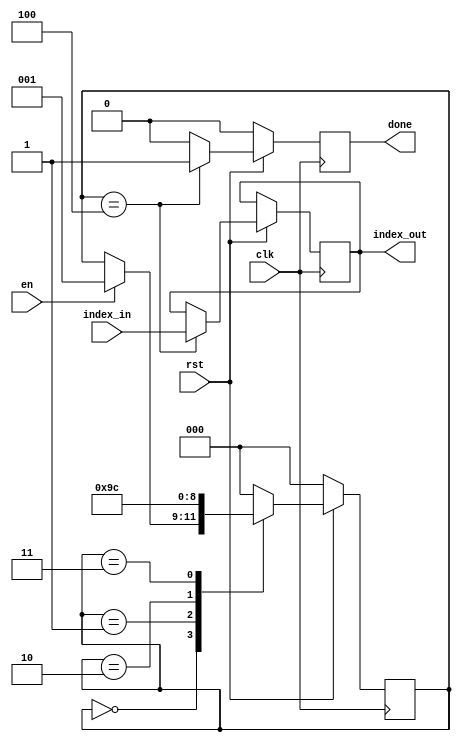
module mod_checker (en, index_in, index_out, done, rst, clk);
	input rst, clk, en;
	input [2:0] index_in;
	output [2:0] index_out;
	reg [2:0] index_out;
	output done;
	reg done;
	parameter Init = 3'b000, wait1 = 3'b001, wait2 = 3'b010, wait3 = 3'b011, Done = 3'b100; 
	reg [2:0] state;
	
	
	always @ (posedge clk)
	begin
		if (rst == 1'b0) begin
			done <= 1'b0;
			state <= Init;
		end
		else begin 
 			case (state)
			Init: begin
				done <= 1'b0;
				if (en == 1'b1) begin
					state <= wait1;
				end
			end
			wait1: begin
				done <= 1'b0;
				state <= wait2;
			end
			wait2: begin
				done <= 1'b0;
				state <= wait3;
			end
			wait3: begin
				done <= 1'b0;
				state <= Done;
			end
			Done: begin
				done <= 1'b1;
				index_out <= index_in;
				state <= Init;
			end
			default: begin
				done <= 1'b0;
				state <= Init;
			end
			endcase
		end
	end
endmodule